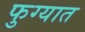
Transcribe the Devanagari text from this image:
फुग्यात